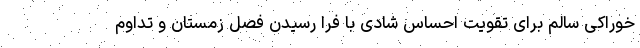
خوراکی سالم برای تقویت احساس شادی با فرا رسیدن فصل زمستان و تداوم